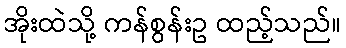
အိုးထဲသို့ ကန်စွန်းဥ ထည့်သည်။